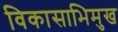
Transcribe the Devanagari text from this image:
विकासाभिमुख